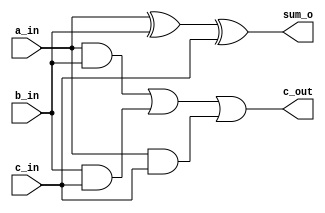
/////////////////////////////////////////////////////////////////////
// ---------------------- IVCAD 2023 Spring ---------------------- //
// ---------------------- Editor: Zhi-Yu Chen (Willy) ------------ //
// ---------------------- Version : v.1.00  ---------------------- //
// ---------------------- Date : 2023.02    ---------------------- //
// ---------------------- Full Adder        ---------------------- // 
/////////////////////////////////////////////////////////////////////

module FA(a_in, b_in, c_in, sum_o, c_out);

input a_in;
input b_in;
input c_in;
output sum_o;
output c_out;

/* write your code here */
wire w1,w2,w3;

xor s(sum_o,a_in,b_in,c_in);

and g1(w1,a_in,b_in);
and g2(w2,b_in,c_in);
and g3(w3,a_in,c_in);
or co(c_out,w1,w2,w3);

endmodule